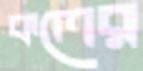
কলের